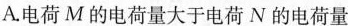
A.电荷M的电荷量大于电荷N的电荷量